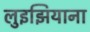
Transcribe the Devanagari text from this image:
लुइझियाना